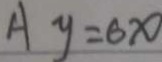
A y = 6 x